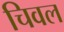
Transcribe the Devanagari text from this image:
चिवल